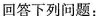
回答下列问题：